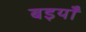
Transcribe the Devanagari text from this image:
बइयाँ